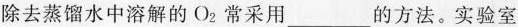
除去蒸馏水中溶解的O_{2}常采用___的方法。实验室